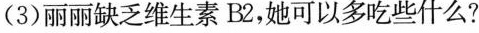
(3)丽丽缺乏维生素B2，她可以多吃些什么?